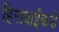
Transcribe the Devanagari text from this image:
हिराबाईंकडे